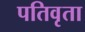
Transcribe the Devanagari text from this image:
पतिवृता